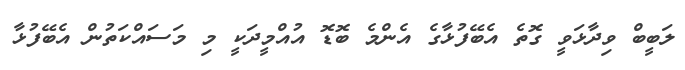
ލަބީބް ވިދާޅަވީ ގޮތެ އެބޭފުޅާގެ އެންމެ ބޮޑޮ އުއްމީދަކީ މި މަސައްކަތުން އެބޭފުޅާ